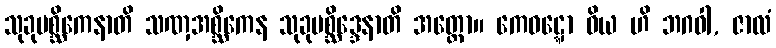
သုခုမစ္ဆိကေနာတိ သဏှအစ္ဆိကေန သုခုမစ္ဆိဒ္ဒေနာတိ အတ္ထော။ ကေဝဋ္ဋော ဝိယ ဟိ ဘဂဝါ, ဇာလံ